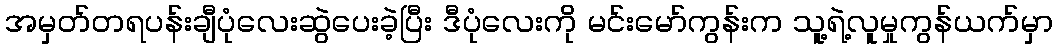
အမှတ်တရပန်းချီပုံလေးဆွဲပေးခဲ့ပြီး ဒီပုံလေးကို မင်းမော်ကွန်းက သူ့ရဲ့လူမှုကွန်ယက်မှာ